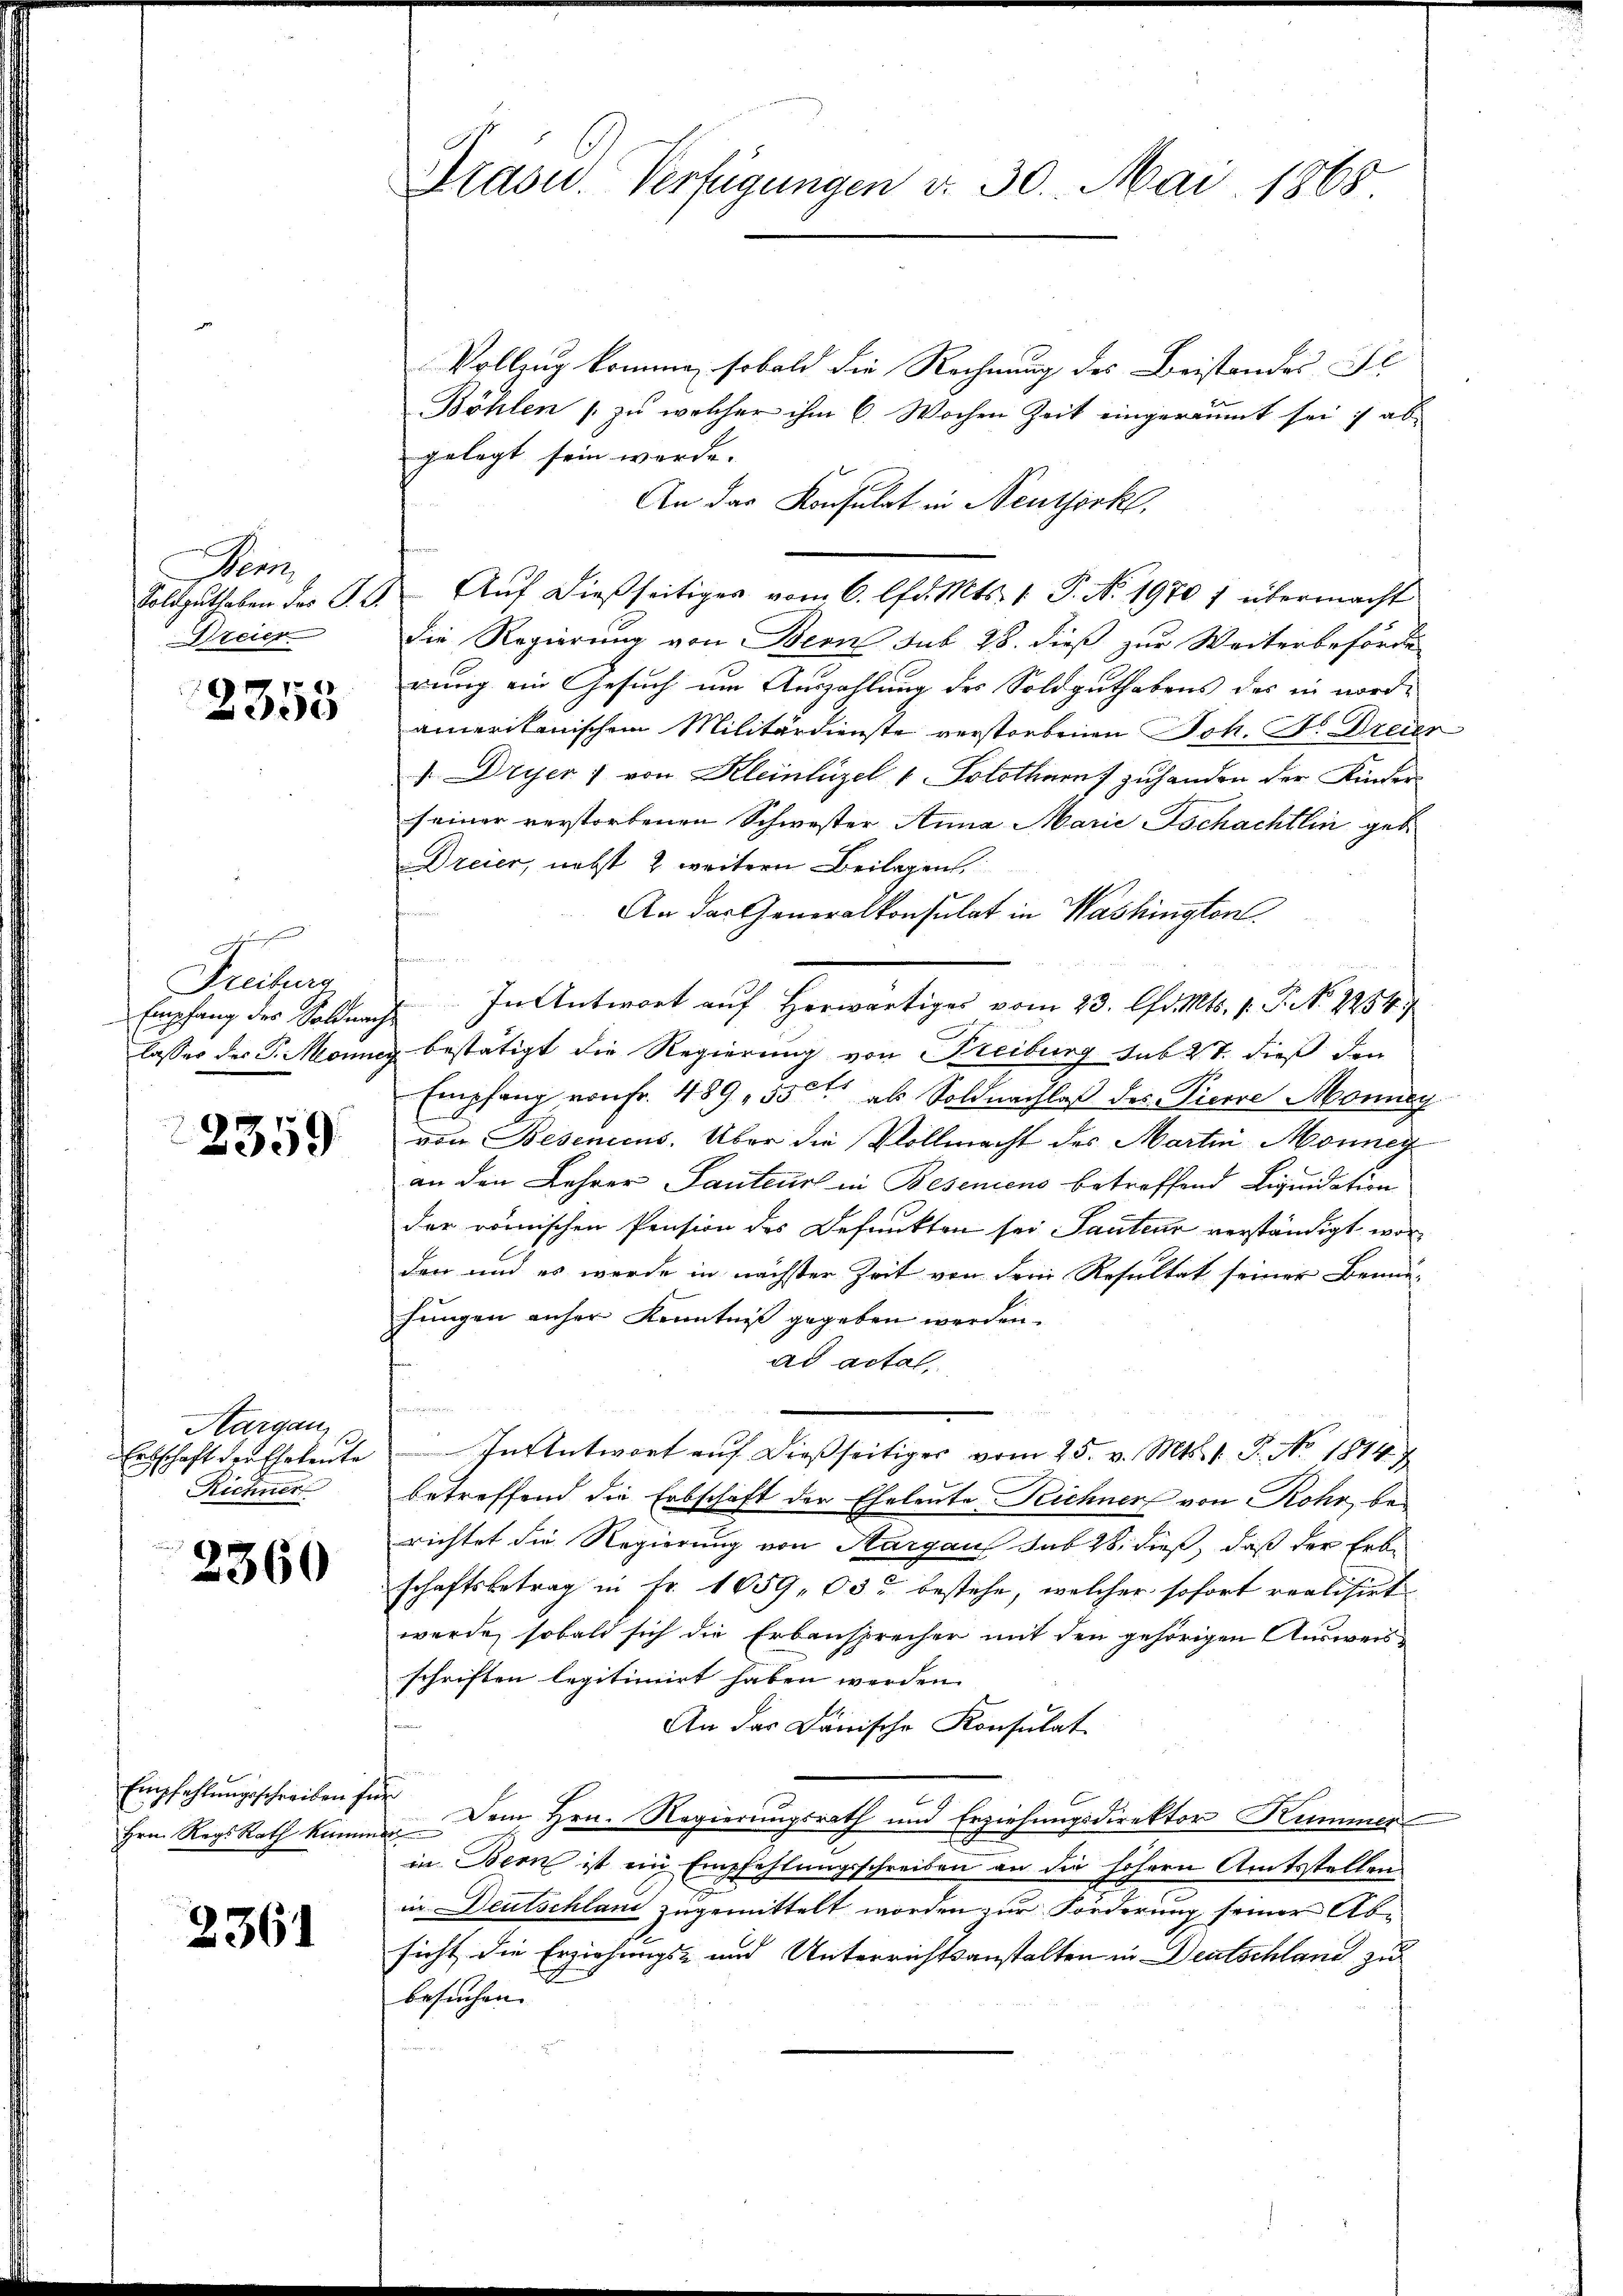
r
Soldguthaben der S. 2
Dreier

2355

Freitzun
Empfang des Soldnach
lasses des P. Monne

2359

Aargau,
Ertschaft der Eheleute
Richner

2360

Empfehlungsschreiben f
Hrn. Regs Rath keine

2361

Arasu. Verfügungen v. 30. Mai 1865

Vollzug komme, sobald die Rechnung des Beistandes Fe
Böhlen (zu welcher ihm 6. Wochen Zeit eingeräumt sei ab
gelegt sein werde.
An das Konsulat in Neuthörkl.
Auf dießseitiges vom 6. lfd. Mts. 1. P. Nr. 1970 1 übermacht
die Regierung von Bern sub 28. dieß zur Weiterbeförde
rung ein Gesuch um Auszahlung des Soldguthabens des in worde
ameritanischem Militärdienste verstorbenen Joh. St. Freier
 Dryer: von Kleinhüzel v. Solothurn) zuhanden der Kinder
seiner verstorbenen Schwester Anna Marie Tschachtlin geb.
Dreier, nebst 2 weitern Beilagen,
An das Generalkonsulat in Washington
.
In Antwort auf herwärtiges vom 23. Chr. Mts. 1 S. 2284
bestätigt die Regierung von Freiburg sub 27. dieß den
Empfang von Fr. 489, 500 als Soldnachlaβ des Pierre Monung
von Besenicus. Über die Vollmacht des Martin Monney
an den Lehrer Tanteurs in Besenicus betreffend Liquidation
der römischen Pension des Befunkten sei Sauteur verständigt worden und es werde in nächster Zeit von dem Resultat seiner Benu-
hungen anher Kenntniss gegeben werden.
ad actal
n
In Antwort auf dießseitiges vom 25. v. Mts. 1. P. No 1814.
betreffend die Erbschaft der Eheleute Reichner von Rohr, berichtet die Regierung von Aargau sub 28. dieß, daß der Erbschaftsbetrag in Fr. 1659, 05c bestehe, welcher sofort realisirt
wurde, sobald sich die Erbansprecher mit den gehörigen Ausweisschriften legitimirt haben werden.
An das Dänische Konsulat
.
Dem Hrn. Regierungsrath und Erziehungsdirektor Kummer
in Bern ist ein Empfehlungsschreiben an die höhern Amtsstellen
in Deutschland zugemittelt worden zur Forderung seiner Abe
sicht die Erziehungs- und Unterrichtsanstalten in Deutschland zu
besuchen.